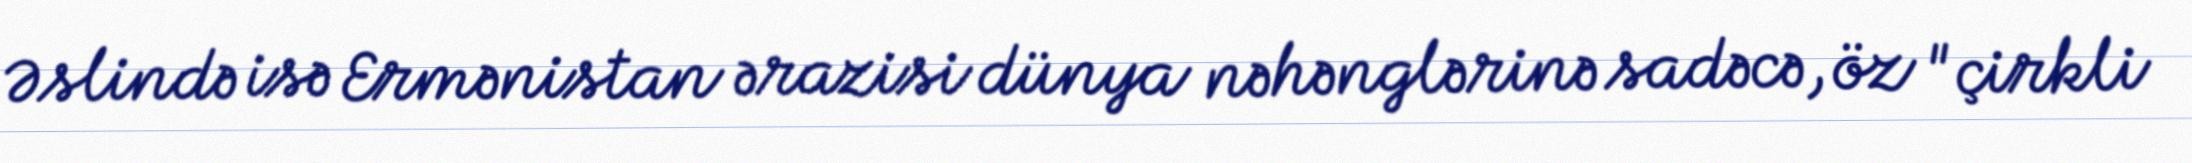
Əslində isə Ermənistan ərazisi dünya nəhənglərinə sadəcə, öz "çirkli